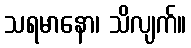
သရမာနော၊ သိလျက်။